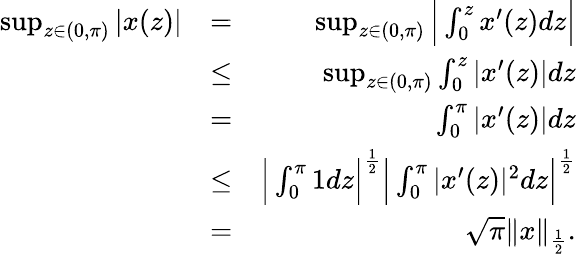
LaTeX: \begin{array}{rlr}{\operatorname*{sup}_{z\in(0,\pi)}|x(z)|}&{=}&{\operatorname*{sup}_{z\in(0,\pi)}\Big|\int_{0}^{z}x^{\prime}(z)dz\Big|}\\ &{\leq}&{\operatorname*{sup}_{z\in(0,\pi)}\int_{0}^{z}|x^{\prime}(z)|dz}\\ &{=}&{\int_{0}^{\pi}|x^{\prime}(z)|dz}\\ &{\leq}&{\Big|\int_{0}^{\pi}1dz\Big|^{\frac{1}{2}}\Big|\int_{0}^{\pi}|x^{\prime}(z)|^{2}dz\Big|^{\frac{1}{2}}}\\ &{=}&{\sqrt{\pi}\| x\| _{\frac{1}{2}}.}\end{array}